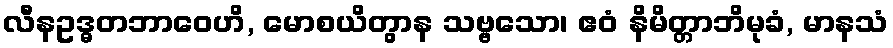
လီနဥဒ္ဓတဘာဝေဟိ, မောစယိတွာန သဗ္ဗသော၊ ဧဝံ နိမိတ္တာဘိမုခံ, မာနသံ